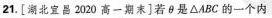
21.[湖北昌2020高一期末]若θ是△ABC的一个内